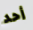
أحد